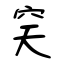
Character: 穾